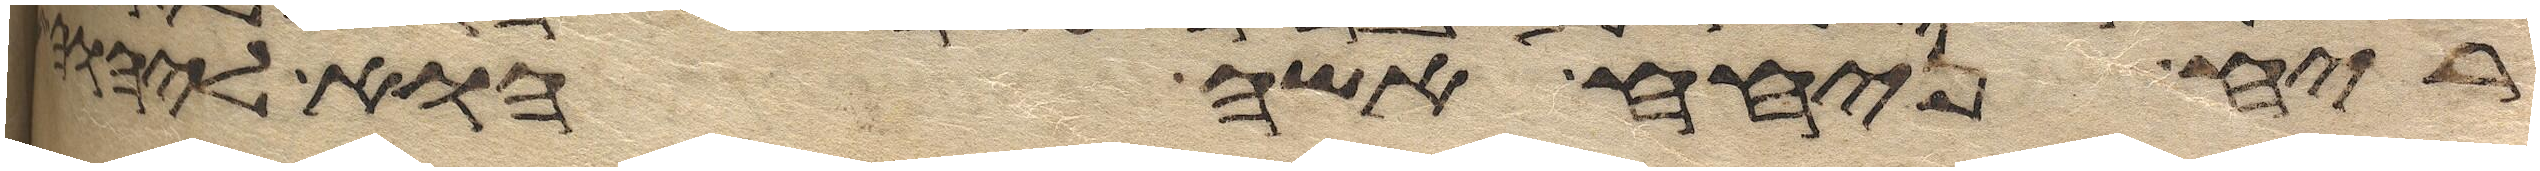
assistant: ריח ניחח אשה הוא ליהוה